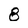
Character: 8